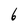
Character: 6